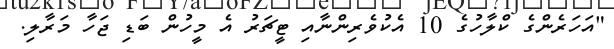
"އަހަރެންގެ ކްލާހުގެ 10 އެކުވެރިންނާއި ޓީޗަރު އެ މީހުން ބަޑި ޖަހާ މަރާލި.